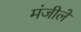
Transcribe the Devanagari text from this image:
मंजीलें